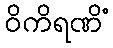
ဝိကိရဏိံ